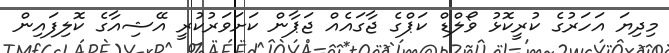
މިދިޔަ އަހަރުގެ ކުރީކޮޅު ވޯލްޑް ކަޕްގެ ޖާގައެއް ޖަޕާން ކަށަވަރުކުރީ އޭޝިއާގެ ކޮލިފައިން